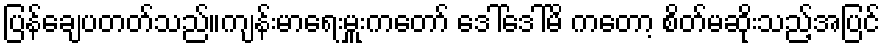
ပြန်ချေပတတ်သည်။ကျန်းမာရေးမှူးကတော် ဒေါ်ဒေါ်မိ ကတော့ စိတ်မဆိုးသည့်အပြင်